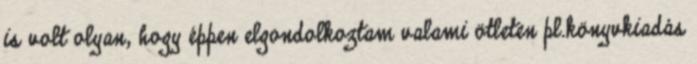
is volt olyan, hogy éppen elgondolkoztam valami ötleten pl.könyvkiadás